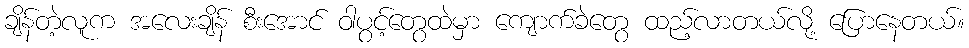
ချိန်တဲ့လူက အလေးချိန် စီးအောင် ဝါပွင့်တွေထဲမှာ ကျောက်ခဲတွေ ထည့်လာတယ်လို့ ပြောနေတယ်။